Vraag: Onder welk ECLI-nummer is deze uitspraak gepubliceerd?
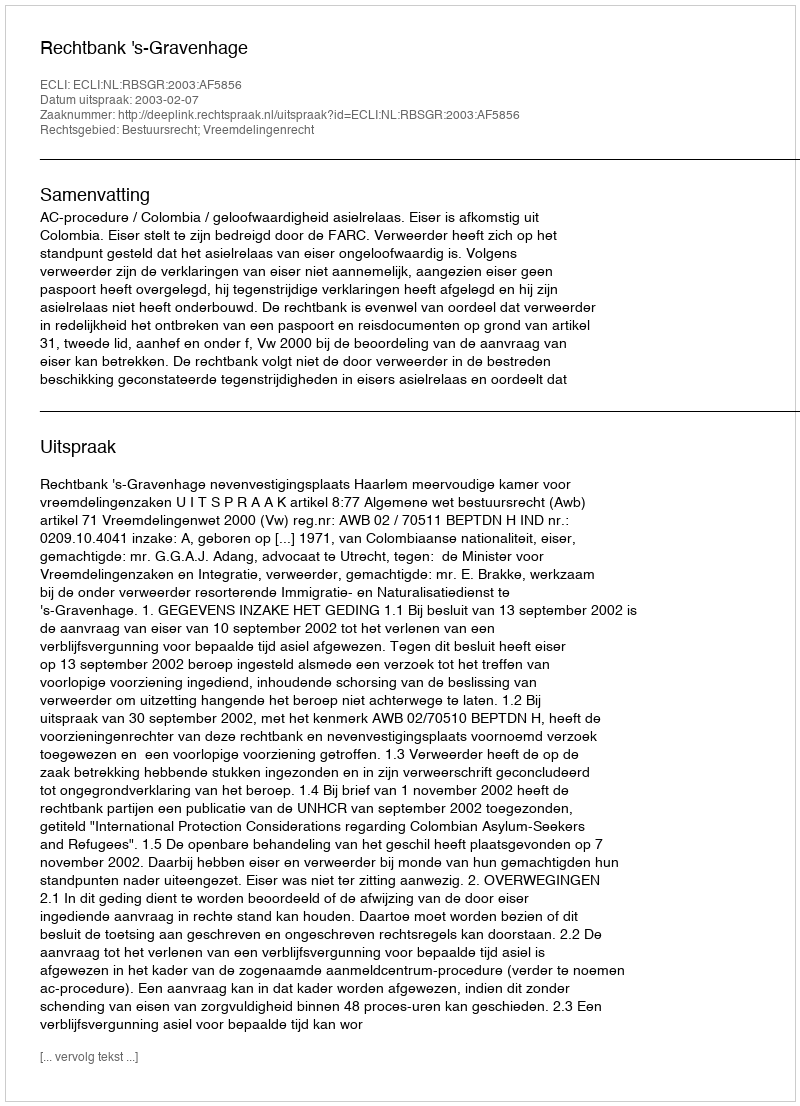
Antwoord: ECLI:NL:RBSGR:2003:AF5856